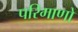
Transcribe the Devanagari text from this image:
परिमाणो